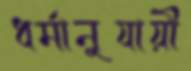
ধর্মানুযায়ী